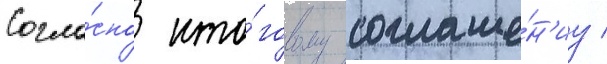
Согла́сно ито́говому соглаше́н'иу /